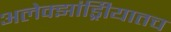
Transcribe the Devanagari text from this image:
अलेक्झांड्रिीयातच